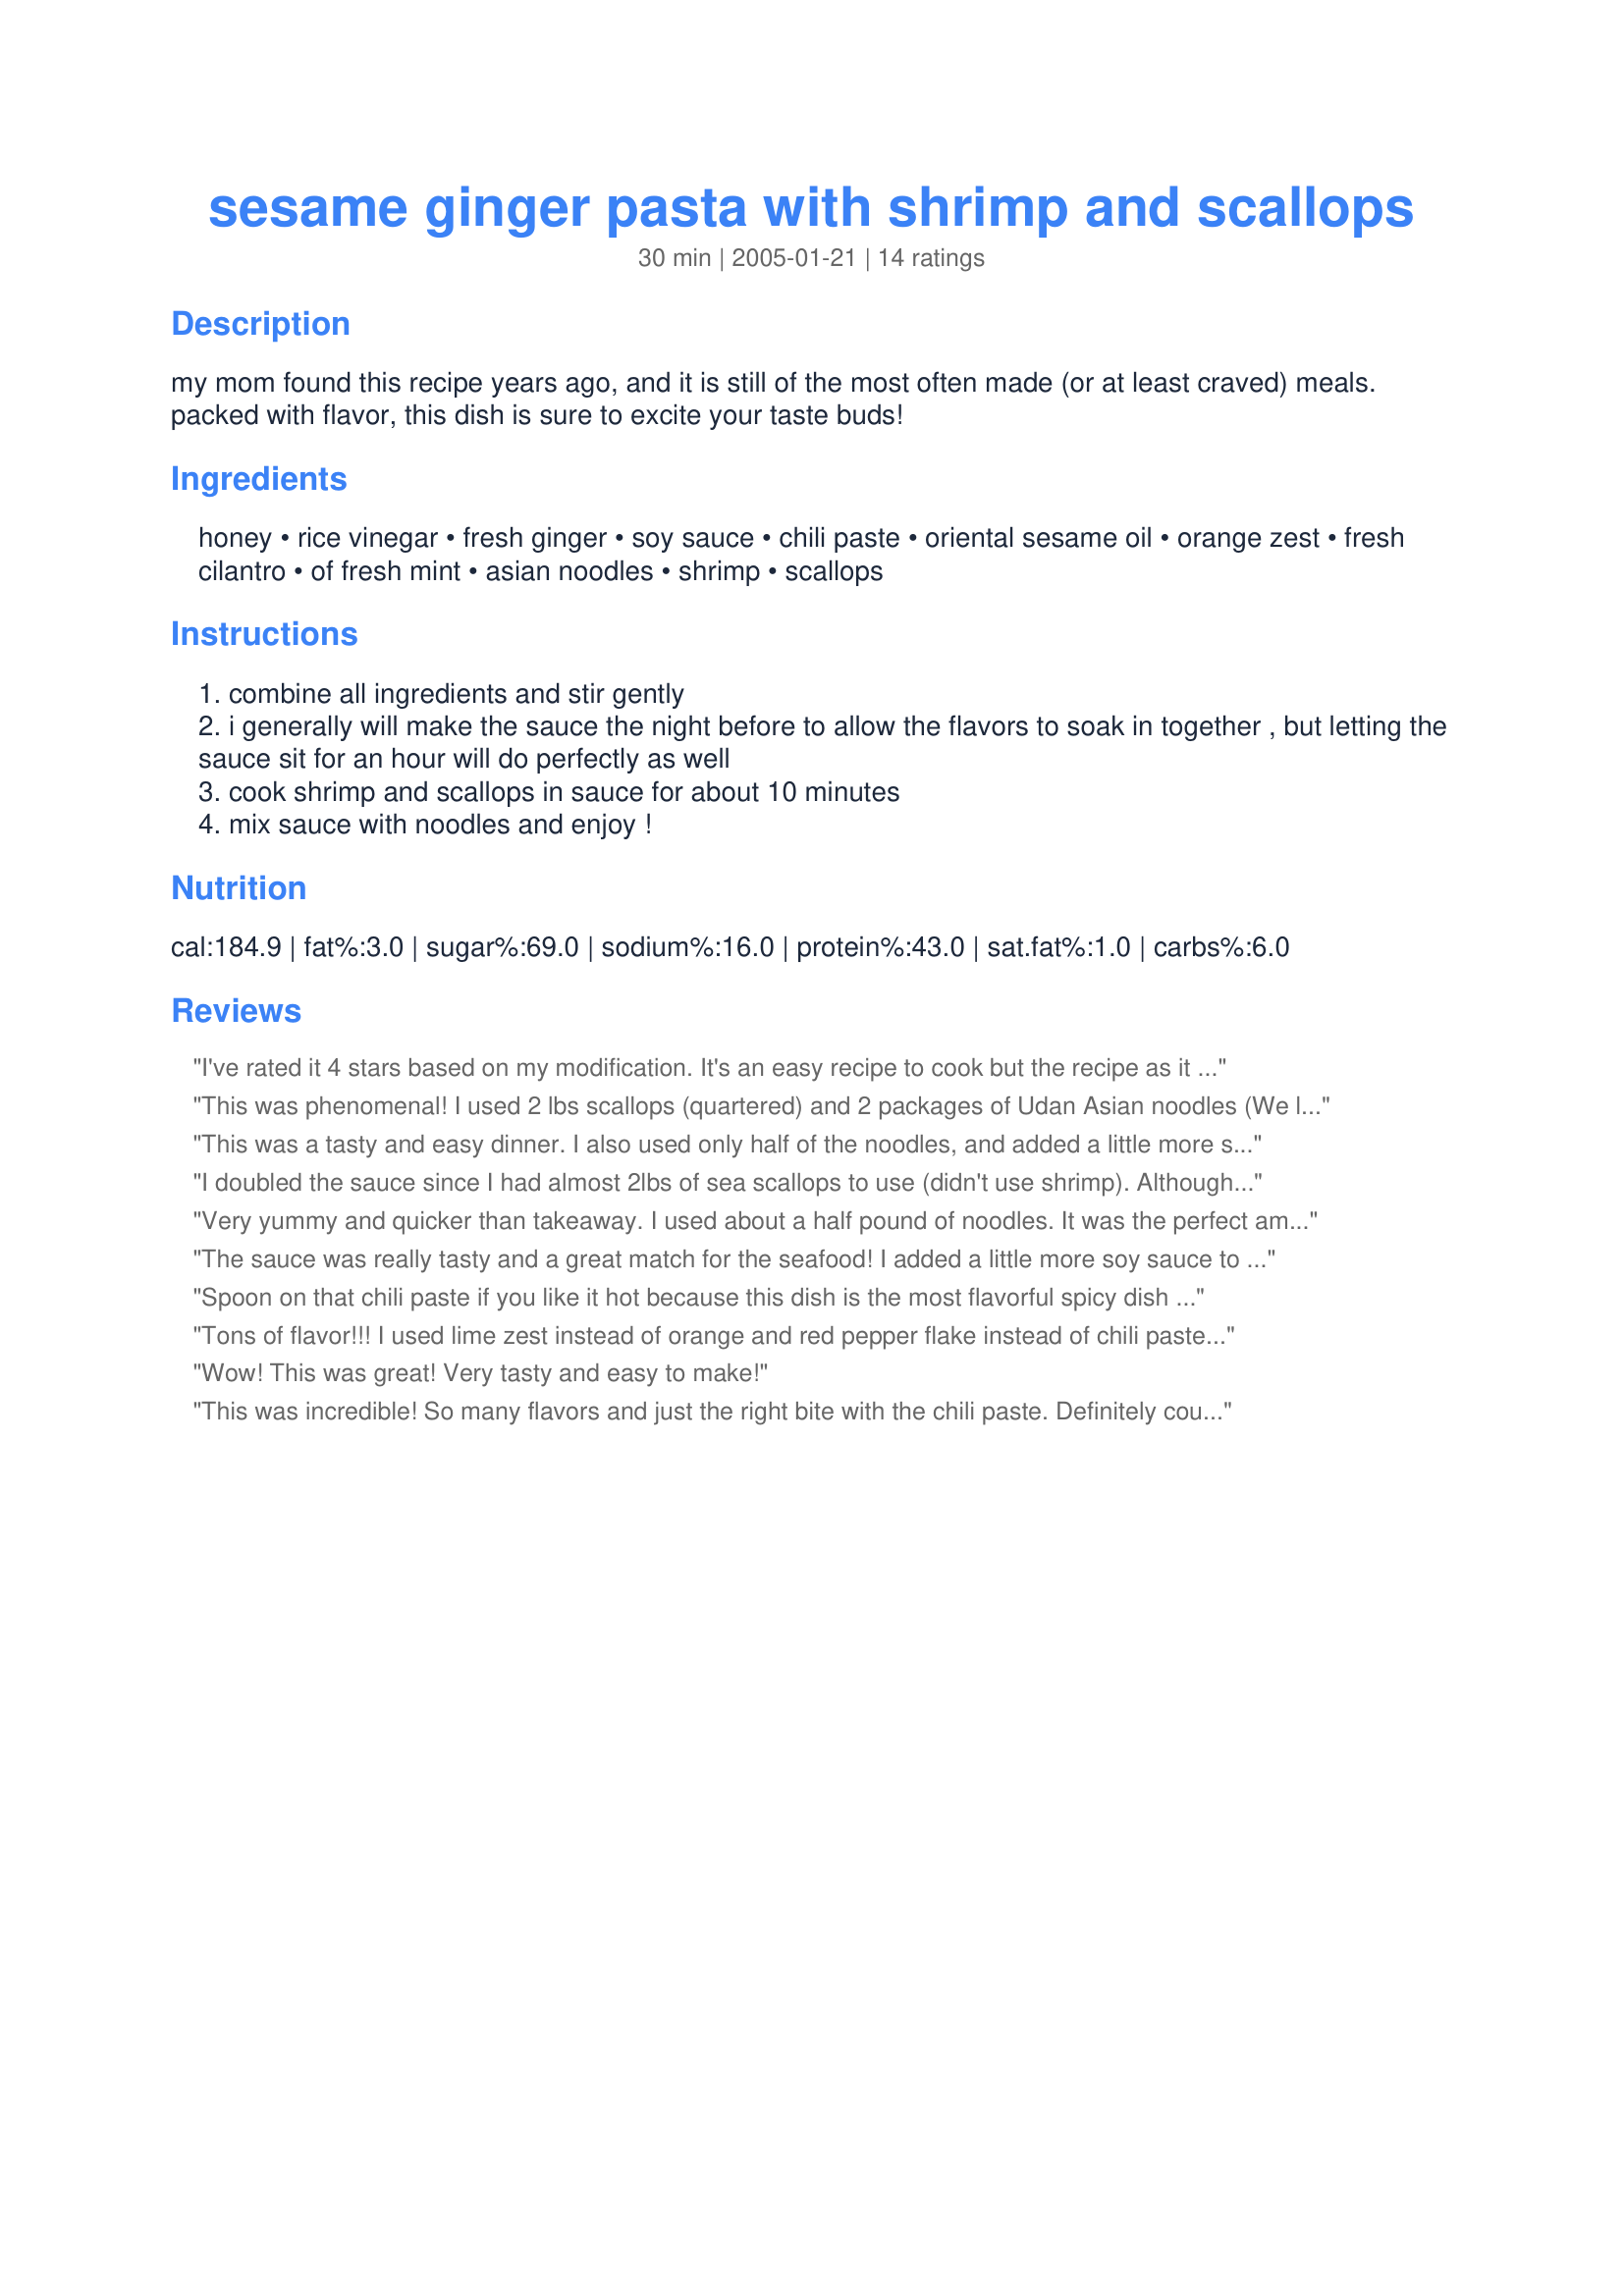
sesame ginger pasta with shrimp and scallops
Preparation time: 30 minutes

my mom found this recipe years ago, and it is still of the most often made (or at least craved) meals. packed with flavor, this dish is sure to excite your taste buds!

Ingredients:
honey, rice vinegar, fresh ginger, soy sauce, chili paste, oriental sesame oil, orange zest, fresh cilantro, of fresh mint, asian noodles, shrimp, scallops

Steps:
combine all ingredients and stir gently
i generally will make the sauce the night before to allow the flavors to soak in together , but letting the sauce sit for an hour will do perfectly as well
cook shrimp and scallops in sauce for about 10 minutes
mix sauce with noodles and enjoy !

Reviews:
I've rated it 4 stars based on my modification. It's an easy recipe to cook but the recipe as it stands was a little bit sweet for our tastebuds. The second time I cooked it I halved the honey and increased the chilli, and it was then much more to the family's taste. I served it on rice rather than with noodles but will try with noodles in the future. The second time I made it with chicken rather than the seafood. I'll use this recipe again and again as it is flexible, easy and tasty. A great combination for any recipe in my house.
This was phenomenal! I used 2 lbs scallops (quartered) and 2 packages of Udan Asian noodles (We like lots of left-overs). I also doubled the sauce and added 1 extra teaspoon of the chili sauce. My husband said, "Honey that was really delicious. Thank you so much." So this is definitely a keeper! :o) BTW, I think this would be good with beef strips as well.
This was a tasty and easy dinner. I also used only half of the noodles, and added a little more soy sauce ( I love salt). I only let the sauce sit for about 45 min, but I thought it was the perfect amount of spice. Very good!
I doubled the sauce since I had almost 2lbs of sea scallops to use (didn't use shrimp). Although I doubled the sauce for the scallops, I didn't double the Udan noodles. There was plenty of noodles just using 2 packages. This was so easy to make. Definitely a keeper!
Very yummy and quicker than takeaway. I used about a half pound of noodles. It was the perfect amount. Didn't have a fresh orange to zest, so I used 1/4 c of OJ. Also added some broccoli, which seemed to go quite well.
The sauce was really tasty and a great match for the seafood! I added a little more soy sauce to the final product, but that may have more to do with the high noodle to seafood ratio. I would recommend using a half pound of linguini (maybe different with udon), because we've got just about a half pound of slightly saucy, no seafood noodles left in the fridge. The sauce would probably be more flavorful with less pasta to cover. Delicious nonetheless, and we will definitely be making this again!
Spoon on that chili paste if you like it hot because this dish is the most flavorful spicy dish I have ever devoured the abundance of flavor is only like one other thing I have eaten and it was from this same chef I kid you not!
Tons of flavor!!! I used lime zest instead of orange and red pepper flake instead of chili paste because that's what I had. I thickened the sauce with a little corn starch. I also added fresh garlic, zucchini, onion and tomato served over rice with some sliced avocado and more cilantro over the top. Fresh, light and fantastic!!!
Wow! This was great! Very tasty and easy to make!
This was incredible! So many flavors and just the right bite with the chili paste. Definitely could use more seafood to the amount of noodles. That is the only change I will make to this next time. There will be many repeats on this one. Delish!
WOW!! This recipe has very complex flavors. I made the sauce the night before, as suggested. It was a little too spicy for me, so next time I will use less chili paste. I also used only shrimp because that was all I had on hand. It doesn't take 10 minutes to cook the shrimp. All in all, a wonderful dish.
I made this without scallops and doubled the shrimp and marinade.I made the marinade three days in advance and it was very flavorful.I sauteed the shrimp in a few teaspoons of oil and then added the sauce, thickened slightly with cornstarch,and served over noodles. I didn't have the mint either. I thought it had a wonderful complex flavor, sweet, spicy and orangey flavor.I think a lot of people would enjoy this dish. 

Roxygirl in Colo.
I really liked this, and it was very simple to make. I made a few revisions based on what I had in the kitchen. I left out the fresh mint and used dried cilantro. I used 1/2 bag of Chinese noodles, so I'm guessing they are different than the Asian ones listed. Also, while making the sauce I realized I had no orange zest or OJ to substitute -- so I substituted triple sec that I had leftover from a sangria recipe. It actually worked out well! This is a great recipe to make if you have things to do when you get home from work. Whip up the sauce in 5 mins., let it sit in the fridge while you shower and do other things, and then it cooks in 10 minutes. Tasty and fast, best of both worlds. Thanks, Nicole!
We enjoyed the dish. We did think it needed a bit more heat. We liked the flavor but thought it lacked some of the spicy taste we were looking for. I would double the chili paste and maybe add some red pepper flakes to get the added heat. Overall a really good dish. I used soba noodles instead of the udan. Thanks for posting. :)
